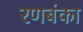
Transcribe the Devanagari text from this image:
रणबंका